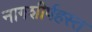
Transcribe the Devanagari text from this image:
नागशीर्षहस्त